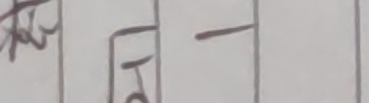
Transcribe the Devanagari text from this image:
रि हो -